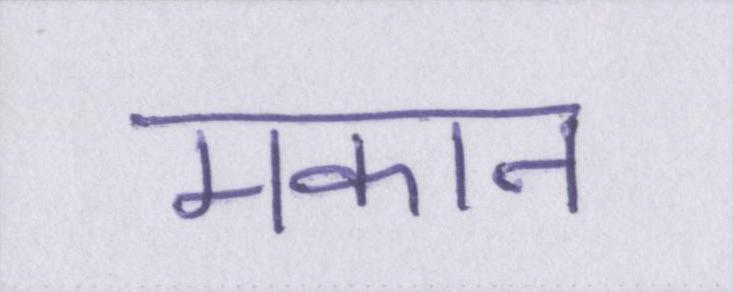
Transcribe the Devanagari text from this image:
मकान